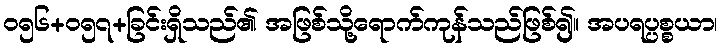
ဝ၅၆+၀၅၇+ခြင်းရှိသည်၏ အဖြစ်သို့ရောက်ကုန်သည်ဖြစ်၍။ အပရပ္ပစ္စယာ၊